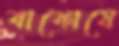
বাফোয়ে